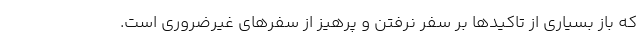
که باز بسیاری از تاکیدها بر سفر نرفتن و پرهیز از سفرهای غیرضروری است.